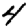
Digit: 4